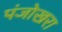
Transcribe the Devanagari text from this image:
पंजोखरा